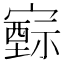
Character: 𡫚